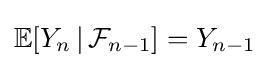
\mathbb {E} [Y_{n}\,|\,{\mathcal {F}}_{n-1}]=Y_{n-1}